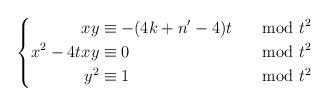
LaTeX: \begin{align*} \left\lbrace \begin{aligned} xy &\equiv -(4k+n'-4)t &\mod t^2 \\ x^2-4txy &\equiv 0 &\mod t^2\\ y^2 &\equiv 1 &\mod t^2 \end{aligned} \right. \end{align*}